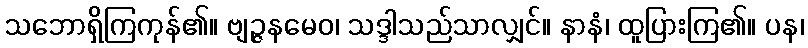
သဘောရှိကြကုန်၏။ ဗျဉ္ဇနမေဝ၊ သဒ္ဒါသည်သာလျှင်။ နာနံ၊ ထူပြားကြ၏။ ပန၊